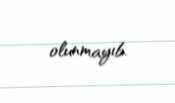
olunmayıb.